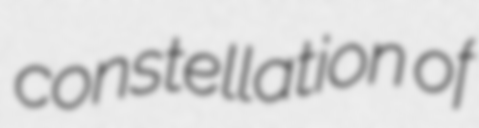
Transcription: constellation of